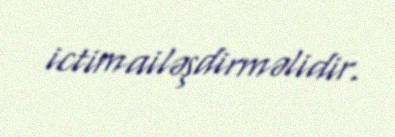
ictimailəşdirməlidir.